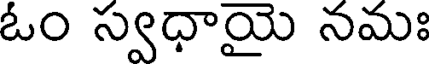
ఓం స్వధాయై నమః